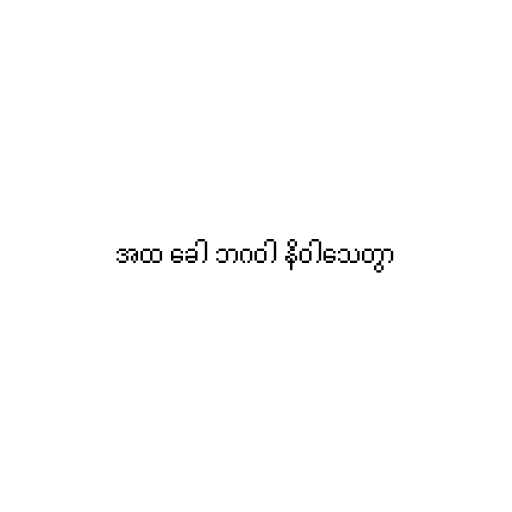
အထ ခေါ ဘဂဝါ နိဝါသေတွာ